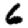
Digit: 6